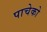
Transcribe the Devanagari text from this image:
पाचेको